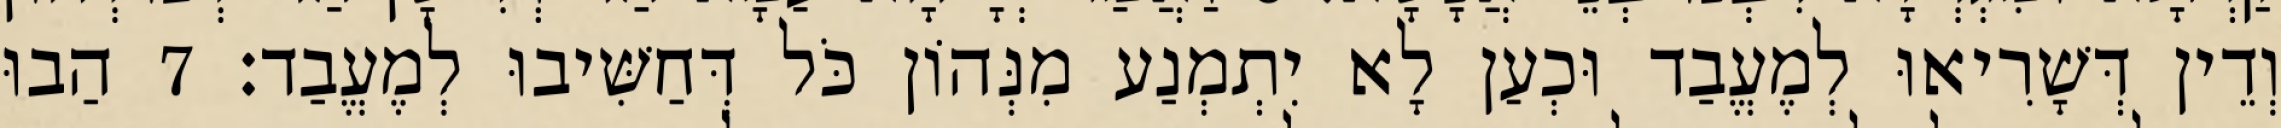
וְדֵין דְּשָׁרִיאוּ לְמֶעֱבַד וּכְעַן לָא יִתְמְנַע מִנְּהוֹן כֹּל דְּחַשִּׁיבוּ לְמֶעֱבַד׃ 7 הַבוּ